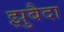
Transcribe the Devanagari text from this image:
झुबैदा